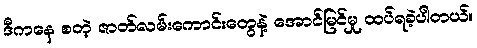
ဒီကနေ စတဲ့ ဇာတ်လမ်းကောင်းတွေနဲ့ အောင်မြင်မှု ထပ်ရခဲ့ပါတယ်။